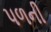
પળની